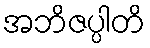
အဘိဇပ္ပါတိ